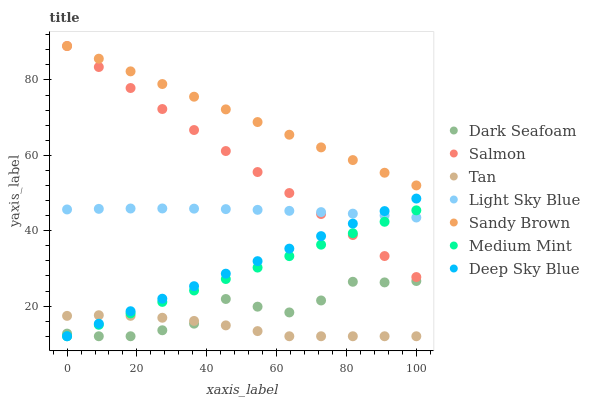
| xaxis_label | Dark Seafoam | Salmon | Tan | Light Sky Blue | Sandy Brown | Medium Mint | Deep Sky Blue |
 | --- | --- | --- | --- | --- | --- | --- | --- |
 | 0 | 12.7 | 89 | 17.4 | 45.6 | 89 | 12 | 12 |
 | 9.09 | 12 | 83.4 | 17.6 | 45.8 | 85.6 | 15 | 15.3 |
 | 18.2 | 12 | 77.9 | 17.4 | 45.9 | 82.3 | 18.1 | 18.6 |
 | 27.3 | 13.6 | 72.3 | 16.9 | 45.9 | 78.9 | 21.1 | 22 |
 | 36.4 | 15.3 | 66.7 | 16.1 | 45.9 | 75.6 | 24.1 | 25.3 |
 | 45.5 | 21.9 | 61.1 | 14.9 | 45.7 | 72.2 | 27.2 | 28.6 |
 | 54.5 | 19.8 | 55.6 | 13.4 | 45.5 | 68.8 | 30.2 | 31.9 |
 | 63.6 | 18.3 | 50 | 12 | 45.3 | 65.5 | 33.3 | 35.2 |
 | 72.7 | 21.5 | 44.4 | 12 | 44.9 | 62.1 | 36.3 | 38.6 |
 | 81.8 | 26.5 | 38.9 | 12 | 44.5 | 58.7 | 39.3 | 41.9 |
 | 90.9 | 26.3 | 33.3 | 12 | 44 | 55.4 | 42.4 | 45.2 |
 | 100 | 26.7 | 27.7 | 12 | 43.5 | 52 | 45.4 | 48.5 |